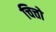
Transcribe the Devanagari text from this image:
चित्तो